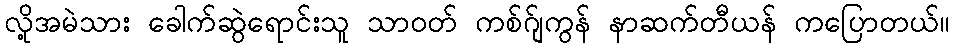
လို့အမဲသား ခေါက်ဆွဲရောင်းသူ သာဝတ် ကစ်ဂ်ျကွန် နာဆက်တီယန် ကပြောတယ်။